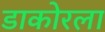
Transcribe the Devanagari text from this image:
डाकोरला